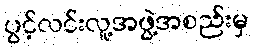
ပွင့်လင်းလူ့အဖွဲ့အစည်းမှ